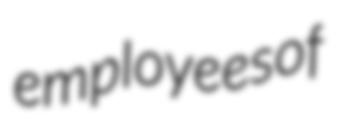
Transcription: employees of